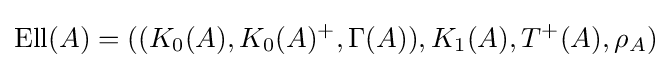
{\mbox{Ell}}(A)=((K_{0}(A),K_{0}(A)^{+},\Gamma (A)),K_{1}(A),T^{+}(A),\rho _{A})